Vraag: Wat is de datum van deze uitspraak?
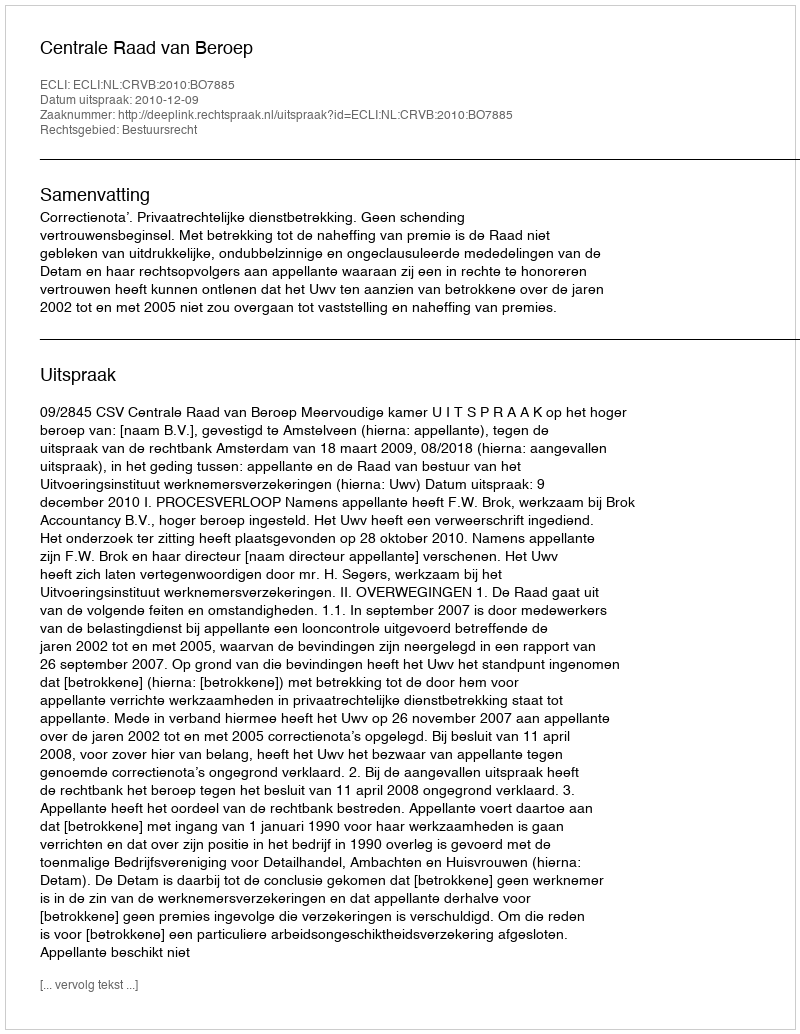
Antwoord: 2010-12-09